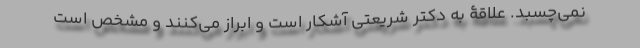
نمی‌چسبد. علاقۀ به دکتر شریعتی آشکار است و ابراز می‌کنند و مشخص است